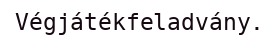
Végjátékfeladvány.